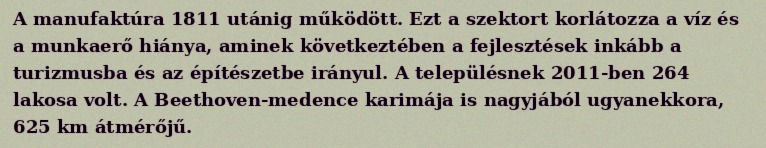
A manufaktúra 1811 utánig működött. Ezt a szektort korlátozza a víz és a munkaerő hiánya, aminek következtében a fejlesztések inkább a turizmusba és az építészetbe irányul. A településnek 2011-ben 264 lakosa volt. A Beethoven-medence karimája is nagyjából ugyanekkora, 625 km átmérőjű.